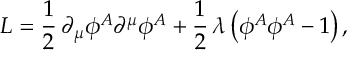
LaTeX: { \cal L } = \frac { 1 } { 2 } \, \partial _ { \mu } \phi ^ { A } \partial ^ { \mu } \phi ^ { A } + \frac { 1 } { 2 } \, \lambda \, \bigl ( \phi ^ { A } \phi ^ { A } - 1 \bigr ) \, ,